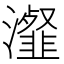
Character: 瀣